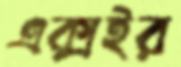
এক্সইর